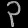
Digit: ၃